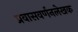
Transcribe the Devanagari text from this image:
प्रवासवर्णनलेखक